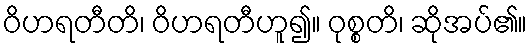
ဝိဟရတီတိ၊ ဝိဟရတီဟူ၍။ ဝုစ္စတိ၊ ဆိုအပ်၏။